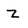
Character: z